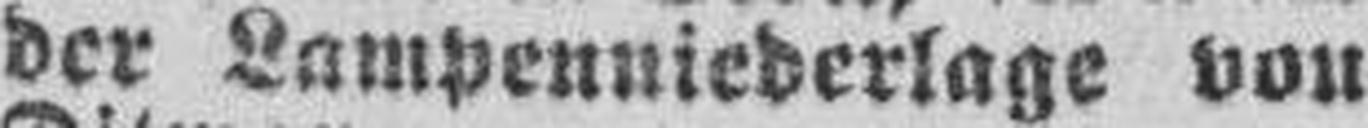
der Lampenniederlage von